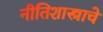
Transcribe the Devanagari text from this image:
नीतिशास्त्राचे